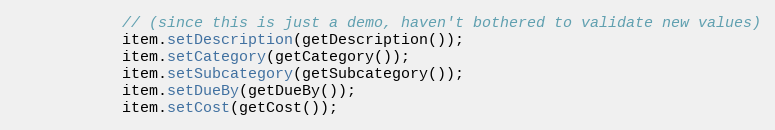
Language: Java
            // (since this is just a demo, haven't bothered to validate new values)
            item.setDescription(getDescription());
            item.setCategory(getCategory());
            item.setSubcategory(getSubcategory());
            item.setDueBy(getDueBy());
            item.setCost(getCost());